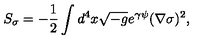
S _ { \sigma } = - \frac { 1 } { 2 } \int d ^ { 4 } x \sqrt { - g } e ^ { \gamma \psi } ( \nabla \sigma ) ^ { 2 } ,